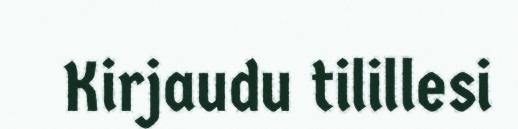
Kirjaudu tilillesi